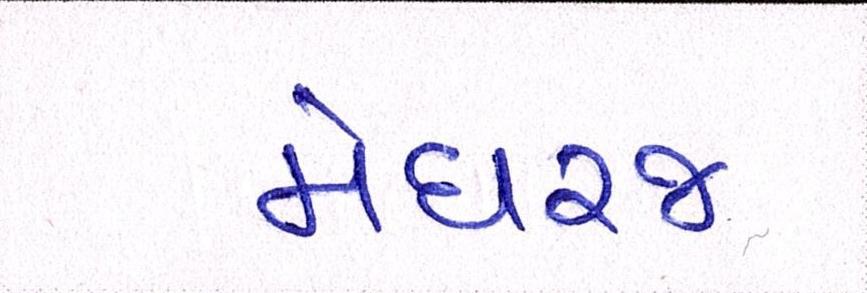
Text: મેઘરજ